DOW-UAP-D49, Launch Summary, Vandenberg AFB, 2000
Agency: Department of War
Incident date: 2/3/00
Page 93
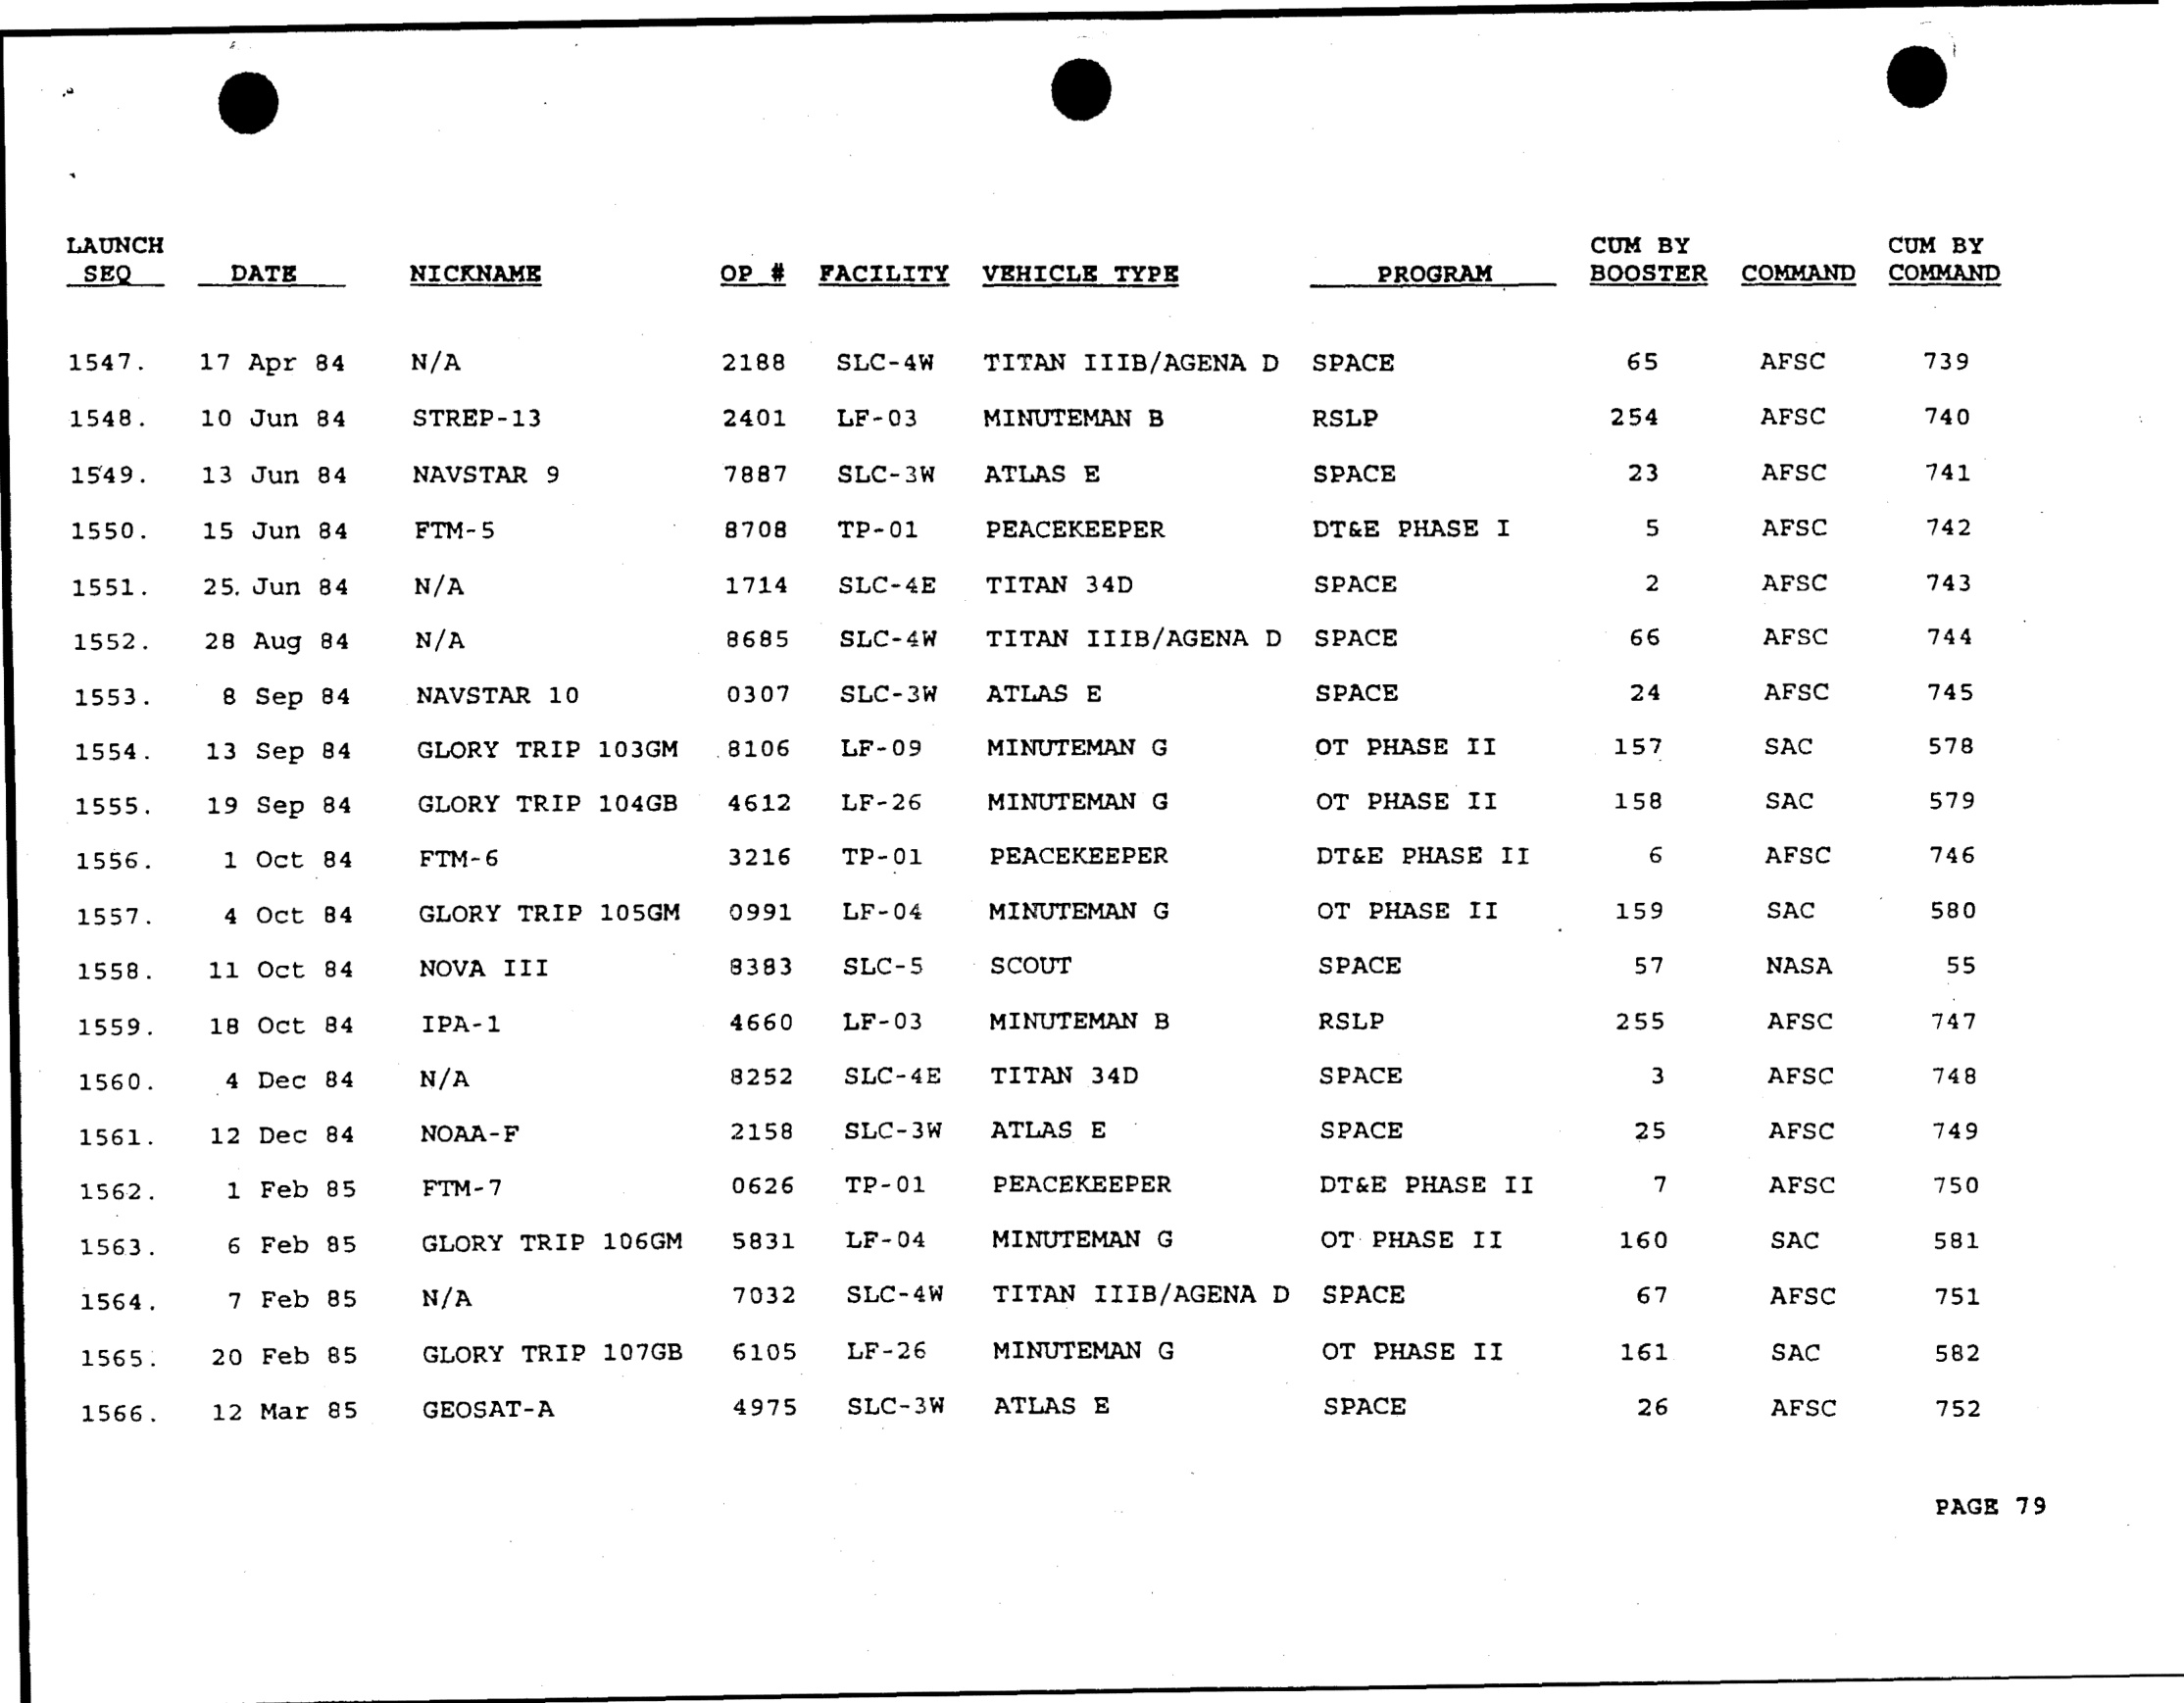